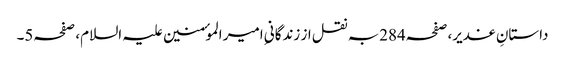
داستانِ غدیر،صفحہ284بہ نقل از زندگانیِ امیر الموٴمنین علیہ السلام، صفحہ5۔